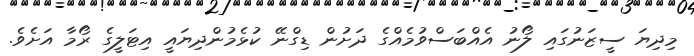
މިދިޔަ ސީޒަނުގައި ލޯނު އެއްބަސްވުމެއްގެ ދަށުން ޑިގްނޭ ކުޅެމުންދިޔައީ އިޓަލީގެ ރޯމާ އަށެވެ.